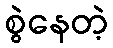
စွဲနေတဲ့